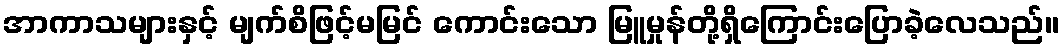
အာကာသများနှင့် မျက်စိဖြင့်မမြင် ကောင်းသော မြူမှုန်တို့ရှိကြောင်းပြောခဲ့လေသည်။